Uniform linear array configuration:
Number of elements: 12
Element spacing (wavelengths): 1
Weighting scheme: hann
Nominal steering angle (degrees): -60
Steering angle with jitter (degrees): -58.092
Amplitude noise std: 0.05
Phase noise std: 0.05

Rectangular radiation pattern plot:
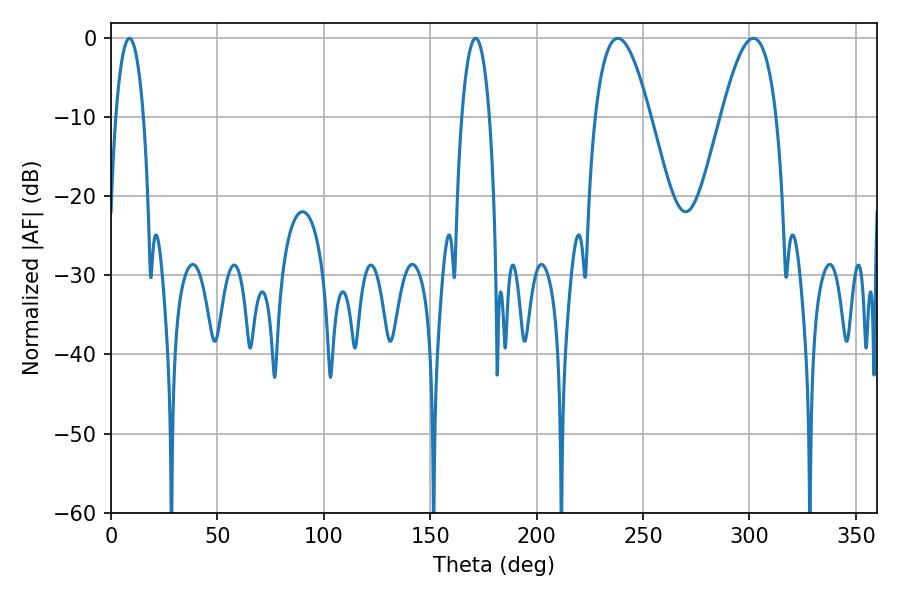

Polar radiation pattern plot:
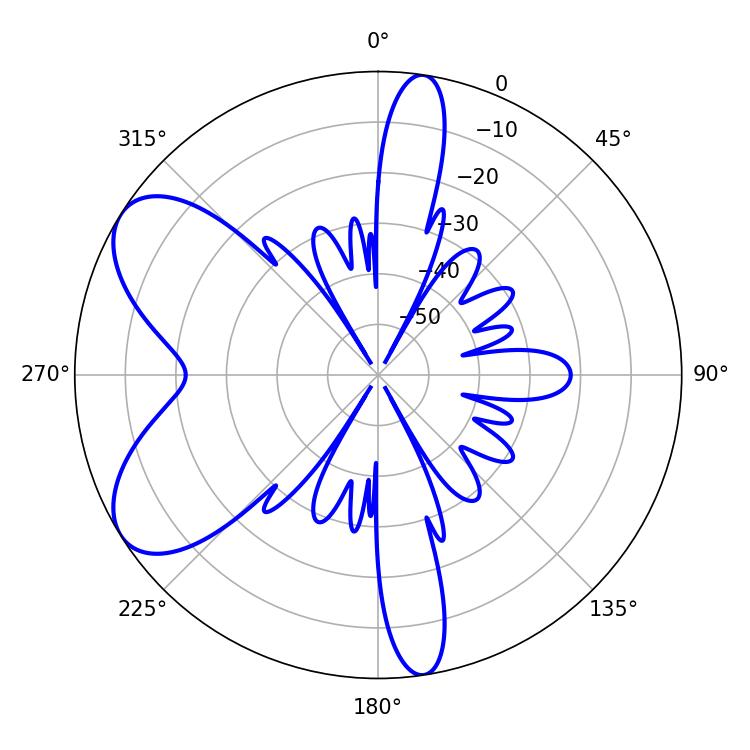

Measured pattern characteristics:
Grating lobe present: TRUE
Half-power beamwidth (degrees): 14.04
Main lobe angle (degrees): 238.14